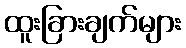
ထူးခြားချက်များ